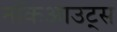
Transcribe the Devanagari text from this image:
नॉकआउट्स